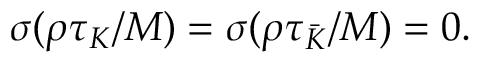
\sigma ( \rho \tau _ { K } / M ) = \sigma ( \rho \tau _ { \bar { K } } / M ) = 0 .